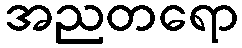
အညတရော